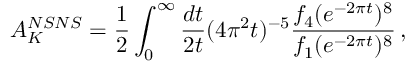
A _ { K } ^ { N S N S } = { \frac { 1 } { 2 } } \int _ { 0 } ^ { \infty } { \frac { d t } { 2 t } } ( 4 \pi ^ { 2 } t ) ^ { - 5 } { \frac { f _ { 4 } ( e ^ { - 2 \pi t } ) ^ { 8 } } { f _ { 1 } ( e ^ { - 2 \pi t } ) ^ { 8 } } } \, ,